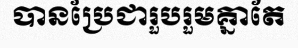
បានប្រែជារួបរួមគ្នាតែ